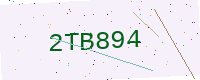
Text: 2TB894